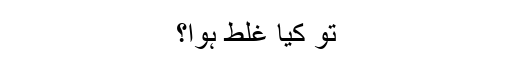
تو کیا غلط ہوا؟